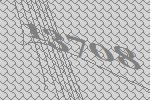
13708